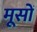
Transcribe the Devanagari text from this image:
मूसों